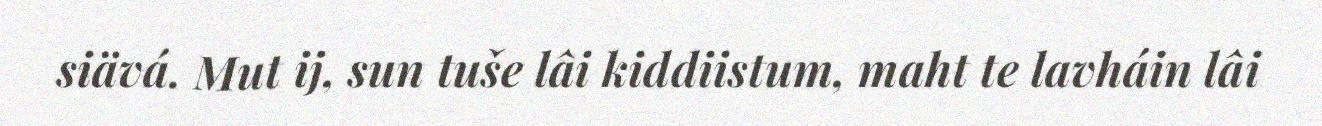
siävá. Mut ij, sun tuše lâi kiddiistum, maht te lavháin lâi